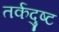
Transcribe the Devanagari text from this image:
तर्कदुष्ट